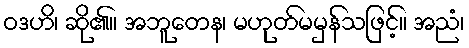
ဝဒဟိ၊ ဆို၏။ အဘူတေန၊ မဟုတ်မမှန်သဖြင့်။ အညံ၊